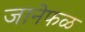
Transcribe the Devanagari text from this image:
जानेफळ